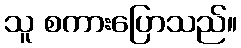
သူ စကားပြောသည်။